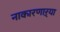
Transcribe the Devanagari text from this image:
नाकारणाऱ्या